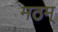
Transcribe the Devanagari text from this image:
मठम्